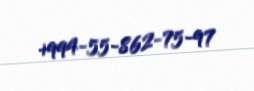
+994-55-862-75-97